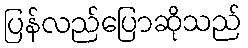
ပြန်လည်ပြောဆိုသည်